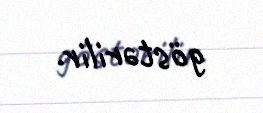
göstərilir.